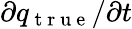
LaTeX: \partial{}q_{\mathrm{~t~r~u~e~}}/\partial{}t